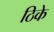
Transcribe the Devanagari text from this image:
ठिके